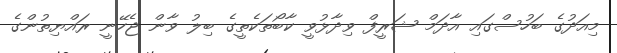
މިއަދުގެ ބަހުސްގައި އާދަމް ޝަރީފް ވިދާޅުވީ ކާބޯތަކެތީގެ ބިލު ވާން ޖެހޭނީ ރައްޔިތުންގެ